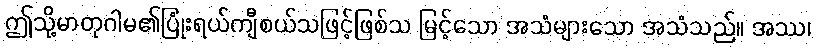
ဤသို့မာတုဂါမ၏ပြုံးရယ်ကျီစယ်သဖြင့်ဖြစ်သ မြင့်သော အသံများသော အသံသည်။ အဿ၊